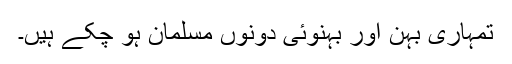
تمہاری بہن اور بہنوئی دونوں مسلمان ہو چکے ہیں۔